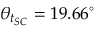
\theta _ { t _ { S C } } = 1 9 . 6 6 ^ { \circ }